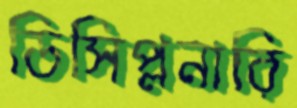
ডিসিপ্লনারি